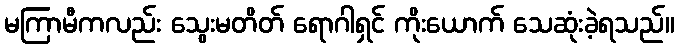
မကြာမီကလည်း သွေးမတိတ် ရောဂါရှင် ကိုးယောက် သေဆုံးခဲ့ရသည်။